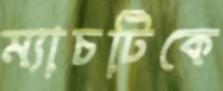
ম্যাচটিকে